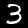
Label: 3